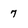
Character: 7